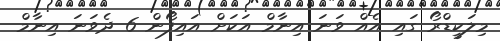
މިލަކީޑްރޯ ގައި އެއް ވަނަ އިނާމް އަކަށް އައިފޯން 6 ދެވަނަ އިނާމް